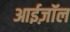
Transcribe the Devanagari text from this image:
आईज़ॉल